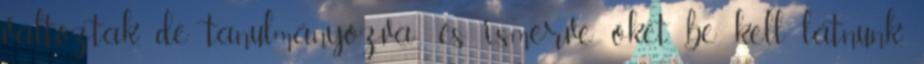
változtak, de tanulmányozva-, és ismerve őket, be kell látnunk,